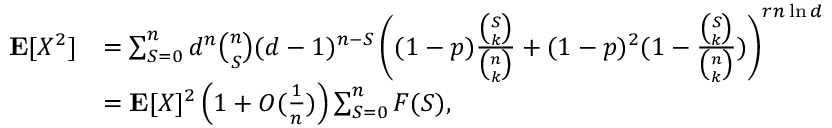
\begin{array} { r l } { \mathbf { E } [ X ^ { 2 } ] } & { = \sum _ { S = 0 } ^ { n } d ^ { n } \binom n S ( d - 1 ) ^ { n - S } \left( ( 1 - p ) \frac { \binom S k } { \binom n k } + ( 1 - p ) ^ { 2 } ( 1 - \frac { \binom S k } { \binom n k } ) \right) ^ { r n \ln d } } \\ & { = \mathbf { E } [ X ] ^ { 2 } \left( 1 + O ( \frac 1 n ) \right) \sum _ { S = 0 } ^ { n } F ( S ) , } \end{array}